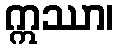
ဣဿာ၊